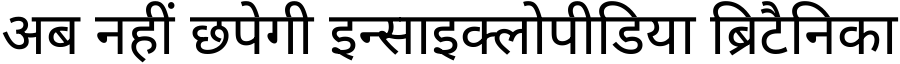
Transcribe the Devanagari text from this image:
अब नहीं छपेगी इन्साइक्लोपीडिया ब्रिटैनिका